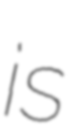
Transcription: is